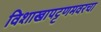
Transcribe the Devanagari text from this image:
विशाखापट्टणमवरचा